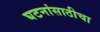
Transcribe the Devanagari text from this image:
घटनांसाठीचा